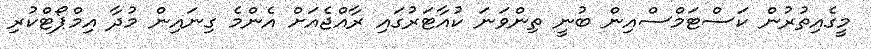
މީގެއިތުރުން ކަސްޓަމްސްއިން ބުނީ ތިންވަނަ ކުއާޓަރުގައި ރާއްޖެއަށް އެންމެ ގިނައިން މުދާ އިމްޕޯޓްކުރި